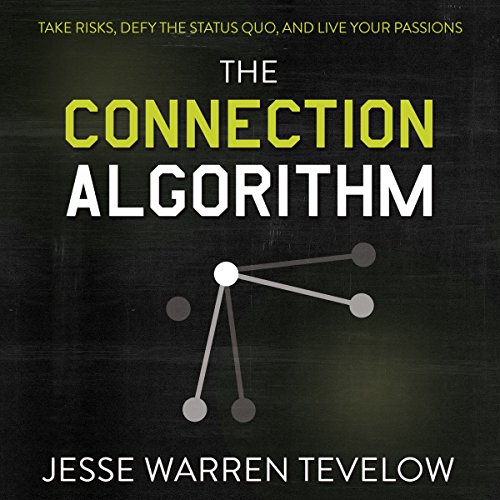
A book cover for The Connection Algorithm: Take Risks, Defy the Status Quo, and Live Your Passions; Jesse Tevelow; Business & Money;